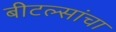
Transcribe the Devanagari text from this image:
बीटल्सांचा